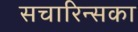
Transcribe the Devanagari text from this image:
सचारिन्सका